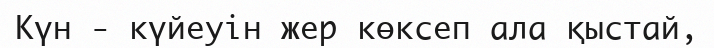
Күн - күйеуін жер көксеп ала қыстай,